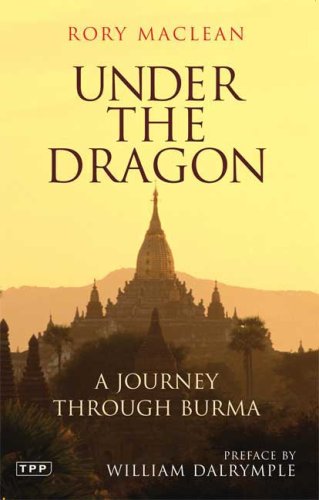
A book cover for Under the Dragon: A Journey through Burma; Rory MacLean; Travel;